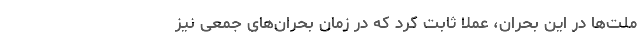
ملت‌ها در این بحران، عملاً ثابت کرد که در زمان بحران‌های جمعی نیز